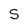
Character: S